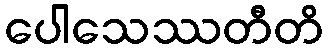
ပေါသေဿတီတိ